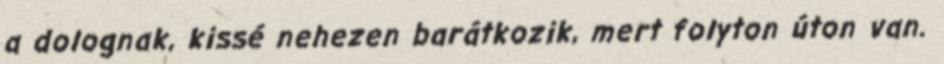
a dolognak, kissé nehezen barátkozik, mert folyton úton van.